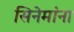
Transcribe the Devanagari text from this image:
सिनेमांना